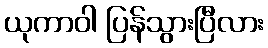
ယုကာဝါ ပြန်သွားပြီလား